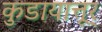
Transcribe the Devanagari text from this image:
कुडायात्तूर्